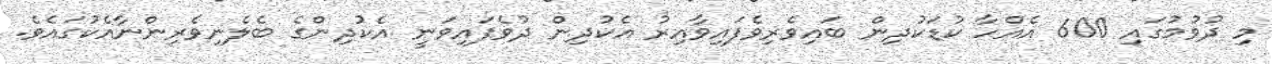
މި ދުވުމުގައި 600 އެއްހާ ކުޑަކުދިން ބައިވެރިވެފައިވާއިރު އެކުދިން ދުވެފައިވަނީ އެކުދިންގެ ބެލެނިވެރިންނާއެކުގައެވެ.